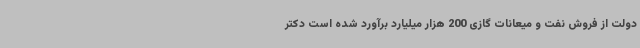
دولت از فروش نفت و میعانات گازی 200 هزار میلیارد برآورد شده است دکتر